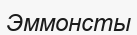
Эммонсты